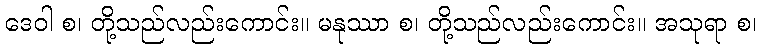
ဒေဝါ စ၊ တို့သည်လည်းကောင်း။ မနုဿာ စ၊ တို့သည်လည်းကောင်း။ အသုရာ စ၊